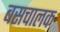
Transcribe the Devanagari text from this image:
बसचालक